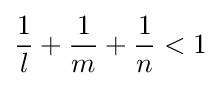
{\frac {1}{l}}+{\frac {1}{m}}+{\frac {1}{n}}<1